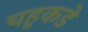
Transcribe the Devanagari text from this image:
चहुकडे